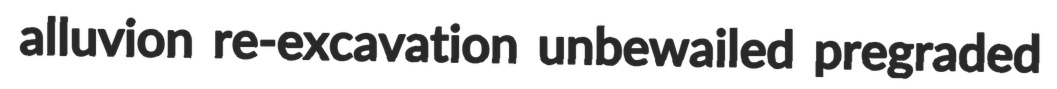
alluvion re-excavation unbewailed pregraded